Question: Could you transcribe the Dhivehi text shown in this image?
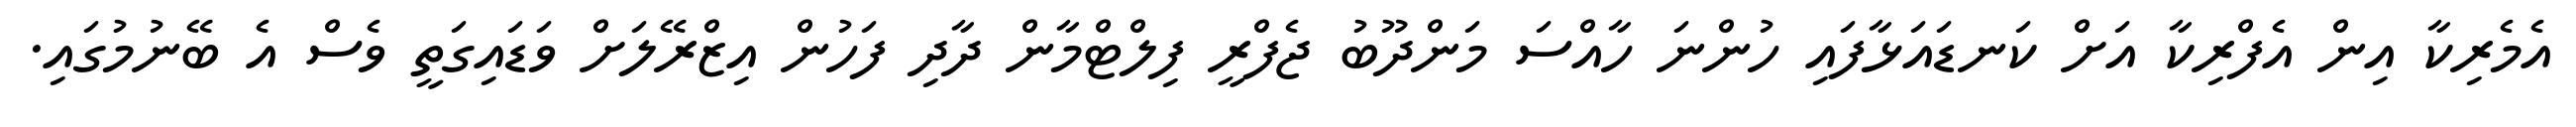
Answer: އެމެރިކާ އިން އެފްރިކާ އަށް ކަނޑައަޅާފައި ހުންނަ ހާއްސަ މަންދޫބު ޖެފްރީ ފިލްޓްމާން ދާދި ފަހުން އިޒްރޭލަށް ވަޑައިގަތީ ވެސް އެ ބޭނުމުގައި.